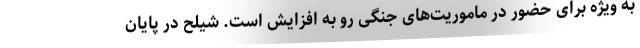
به ویژه برای حضور در ماموریت‌های جنگی رو به افزایش است. شیلح در پایان